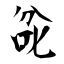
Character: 兺